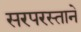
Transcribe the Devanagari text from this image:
सरपरस्ताने